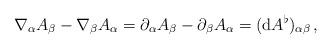
LaTeX: \begin{align*}\nabla_\alpha A_\beta-\nabla_\beta A_\alpha=\partial_\alpha A_\beta-\partial_\beta A_\alpha=(\mathrm{d}A^\flat)_{\alpha\beta}\,,\end{align*}